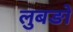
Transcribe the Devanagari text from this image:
लुबङो